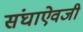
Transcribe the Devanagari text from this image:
संघाऐवजी